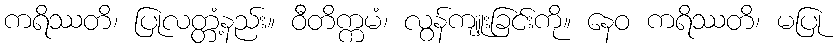
ကရိဿတိ၊ ပြုလတ္တံ့နည်း။ ဝီတိက္ကမံ၊ လွန်ကျူးခြင်းကို။ နေဝ ကရိဿတိ၊ မပြု